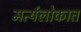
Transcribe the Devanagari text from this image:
मर्त्यलोकात